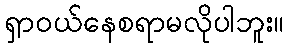
ရှာဝယ်နေစရာမလိုပါဘူး။